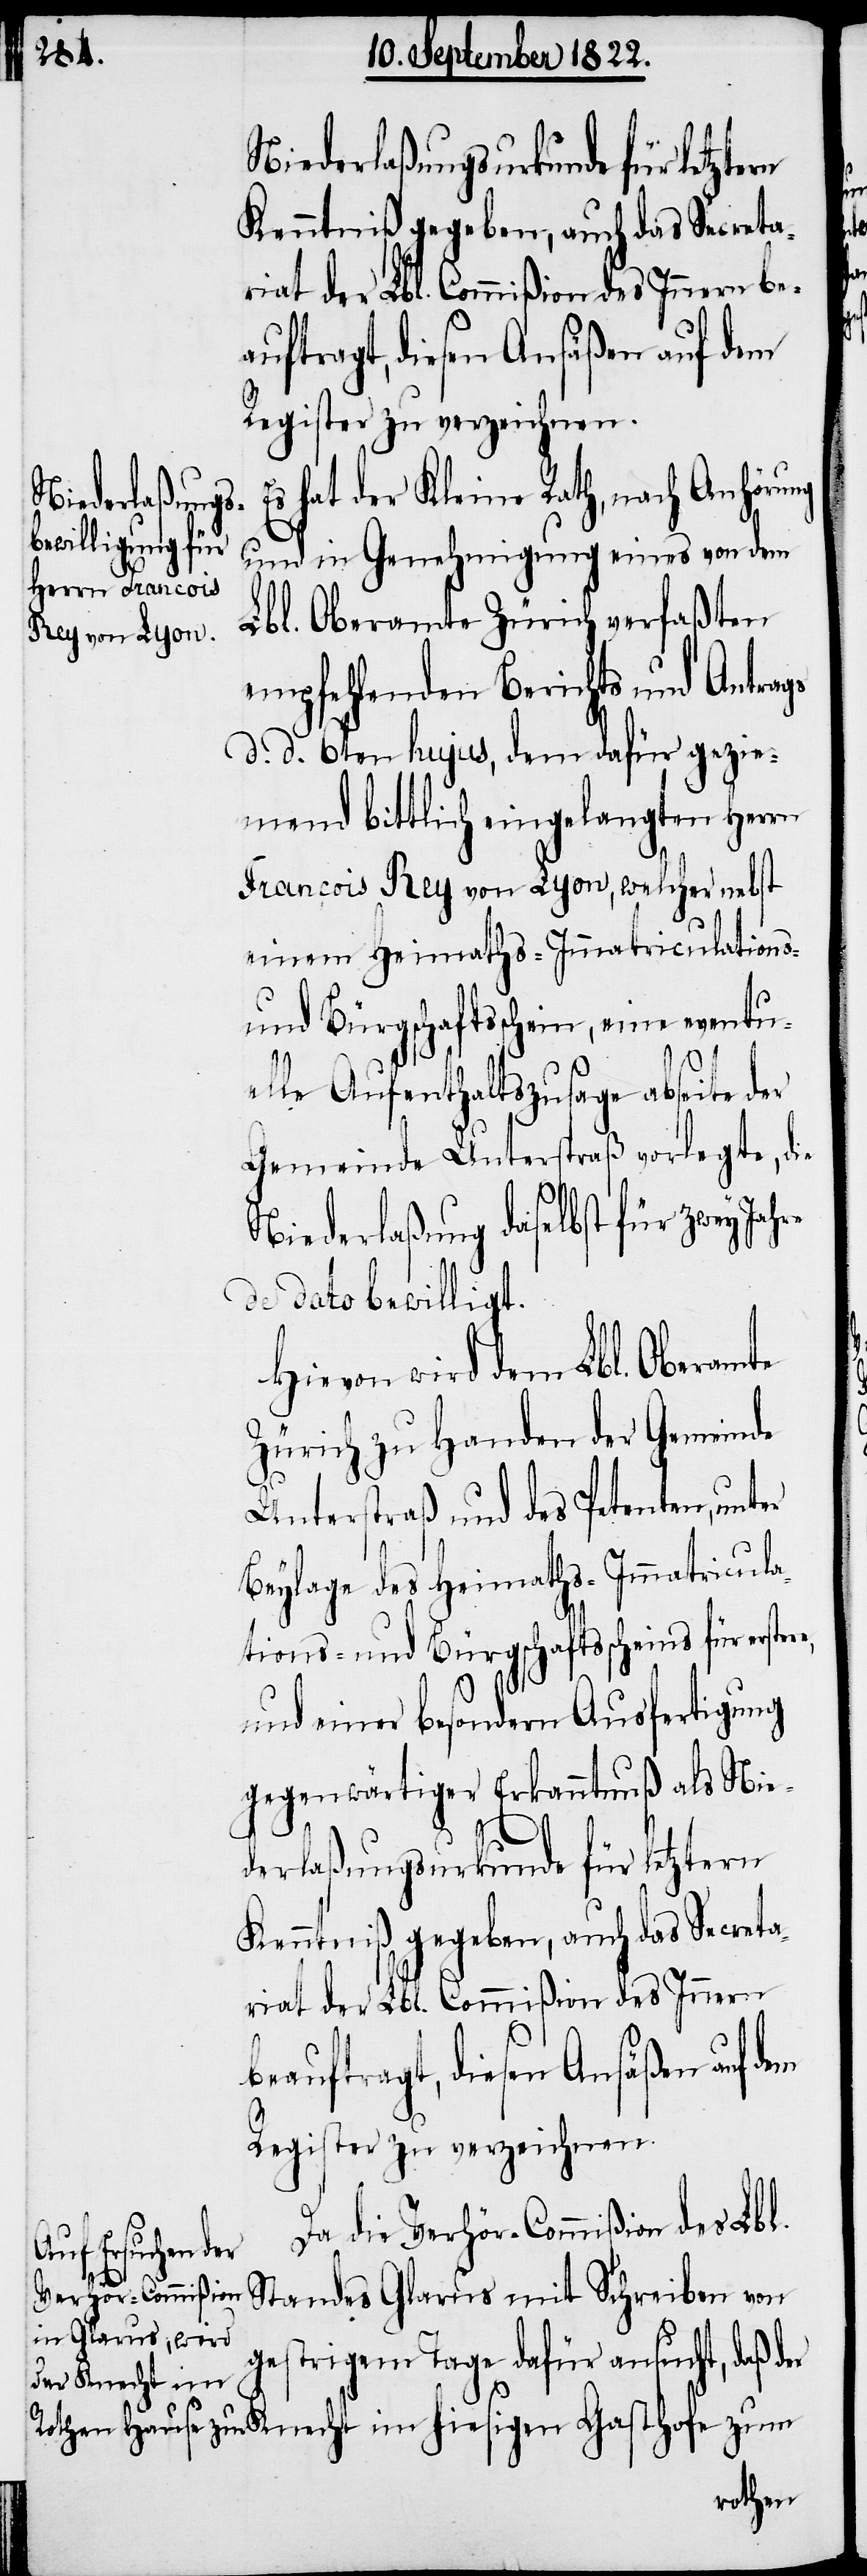
Kenntniß gegeben, auch das Secreta¬
riat der Lbl. Commißion des Innern be¬
auftragt, diesen Ansäßen auf dem
Register zu verzeichnen.
hat der Kleine Rath, nach Anhörung
tricula¬
und in Genehmigung eines von dem
Lbl. Oberamte Zürich verfaßten
empfehlenden Berichts und Antrags
d. d. 6ten hujus, dem dafür gezie¬
mend bittlich eingelangten Herrn
Francois Rey von Lyon, welcher nebst
einem Heimaths- und Immatriculations-
und Bürgschaftsschein, eine eventu¬
elle Aufenthaltszusage abseite der
Gemeinde Unterstraß vorlegte, die
Niederlaßung daselbst für zwey
de dato bewilligt.
Hievon wird dem Lbl. Oberamte
Zürich zu Handen der Gemeinde
Unterstraß und des Petenten, unter
Beylage des Heimaths- und Imma¬
tions- und Bürgschaftsscheins für
und einer besondern Ausfertigung
gegenwärtiger Erkanntnuß als Nie¬
derlaßungsurkunde für letztern